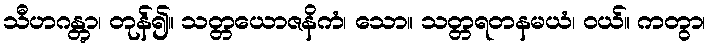
သီဟဂန္တွာ၊ တုန်၍။ သတ္တယောဇနိကံ၊ သော။ သတ္တရတနမယံ၊ ဝယ်။ ကတွာ၊